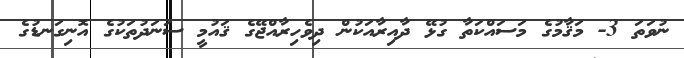
ނުވަތަ 3- މަޤާމުގެ މަސައްކަތާ ގުޅޭ ދާއިރާއަކުން ދިވެހިރާއްޖޭގެ ޤައުމީ ސަނަދުތަކުގެ އޮނިގަނޑުގެ